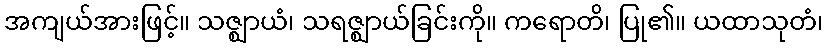
အကျယ်အားဖြင့်။ သဇ္ဈာယံ၊ သရဇ္ဈာယ်ခြင်းကို။ ကရောတိ၊ ပြု၏။ ယထာသုတံ၊